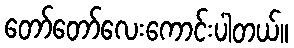
တော်တော်လေးကောင်းပါတယ်။